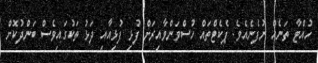
ހުއްޓާ ތަނެއް ނުފެނެއެވެ. ޕެކެޓްތައް ހުސްވަންވާއިރަށް ފުޅި ފުޅިއާއި ދަޅު ތަކުގައިވެސް ބަންދުކޮށް